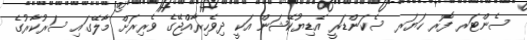
ސެންޓަރ ފޮރ ހަޔަރ ސެކަންޑަރީ އެޑިޔުކޭޝަން އަކީ ދިވެހިރާއްޖޭގެ ވެރިރަށް މާލޭގައި ސަރުކާރުގެ